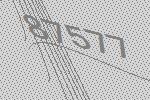
87577